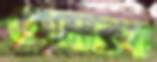
গেমারস